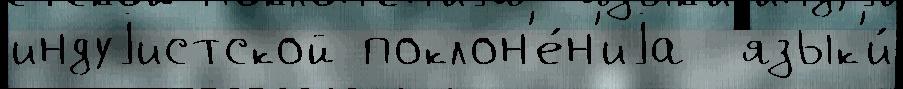
индуjистской поклон'е́н'иjа  язык'и́